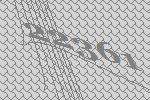
22361